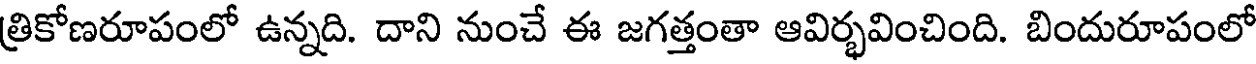
త్రికోణరూపంలో ఉన్నది. దాని నుంచే ఈ జగత్తంతా ఆవిర్భవించింది. బిందురూపంలో